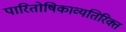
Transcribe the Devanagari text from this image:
पारितोषिकाव्यतिरिक्त